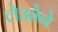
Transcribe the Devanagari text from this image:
लेओने